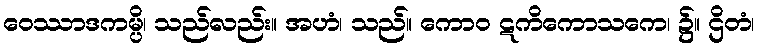
ဝေဿာဒကမ္ပိ၊ သည်လည်း။ အဟံ၊ သည်။ ကောဝ ဋကိကောသကေ၊ ၌။ ဌိတံ၊